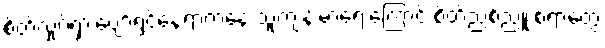
စိတ်လှုပ်ရှားပျော်ရွှင်နေရာကနေ သူ့ကျန်းမာရေးကြောင့် စိတ်ညစ်ညူးစရာတွေ